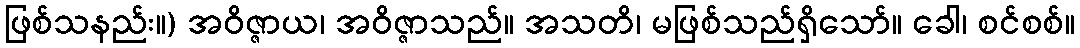
ဖြစ်သနည်း။) အဝိဇ္ဇာယ၊ အဝိဇ္ဇာသည်။ အသတိ၊ မဖြစ်သည်ရှိသော်။ ခေါ၊ စင်စစ်။